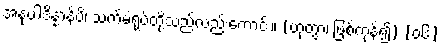
အနုပါဒိန္နာနိပိ၊ သက်မဲ့ရုပ်တို့သည်လည်းကောင်း။ (ဟုတွာ၊ ဖြစ်ကုန်၍) [၀၆]